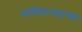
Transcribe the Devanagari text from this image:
माणिकगडाच्या